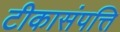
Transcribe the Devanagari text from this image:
टीकासंपत्ति